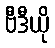
ဗီဒီယို